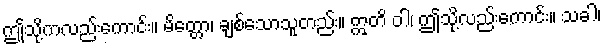
ဤသို့ကလည်းကောင်း။ မိတ္တော၊ ချစ်သောသူတည်း။ ဣတိ ဝါ၊ ဤသို့လည်းကောင်း။ သခါ၊